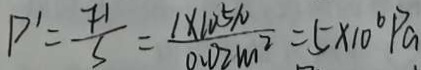
P ^ { \prime } = \frac { F ^ { \prime } } { S } = \frac { 1 \times 1 0 ^ { 5 } N } { 0 . 0 2 m ^ { 2 } } = 5 \times 1 0 ^ { 6 } P a